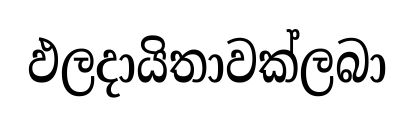
ඵලදායිතාවක්ලබා